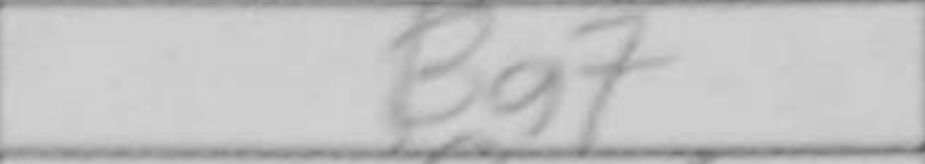
Transcription: Bg7